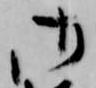
御